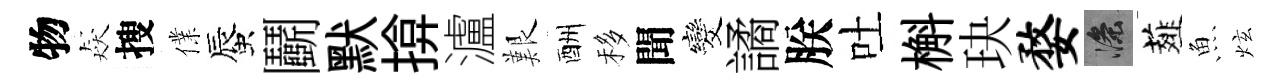
物猋搜㒒蜃鬬默揜瀘艱酬移聞发譎朕吐槲玦婺滌薤魚炫